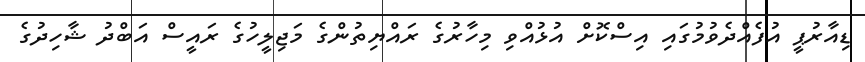
ޑިއާރުޕީ އުފެއްދެވުމުގައި އިސްކޮށް އުޅުއްވި މިހާރުގެ ރައްޔިތުންގެ މަޖިލީހުގެ ރައީސް އަބްދު ޝާހިދުގެ